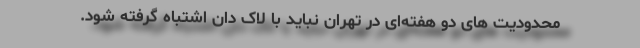
محدودیت های دو هفته‌ای در تهران نباید با لاک دان اشتباه گرفته شود.